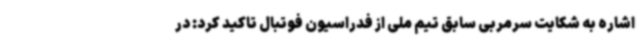
اشاره به شکایت سرمربی سابق تیم ملی از فدراسیون فوتبال تاکید کرد: در